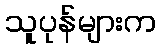
သူပုန်များက